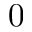
0